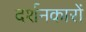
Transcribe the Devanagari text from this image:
दर्शनकारों